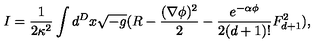
I = \frac { 1 } { 2 \kappa ^ { 2 } } \int d ^ { D } x \sqrt { - g } ( R - \frac { ( \nabla \phi ) ^ { 2 } } { 2 } - \frac { e ^ { - \alpha \phi } } { 2 ( d + 1 ) ! } F _ { d + 1 } ^ { 2 } ) ,